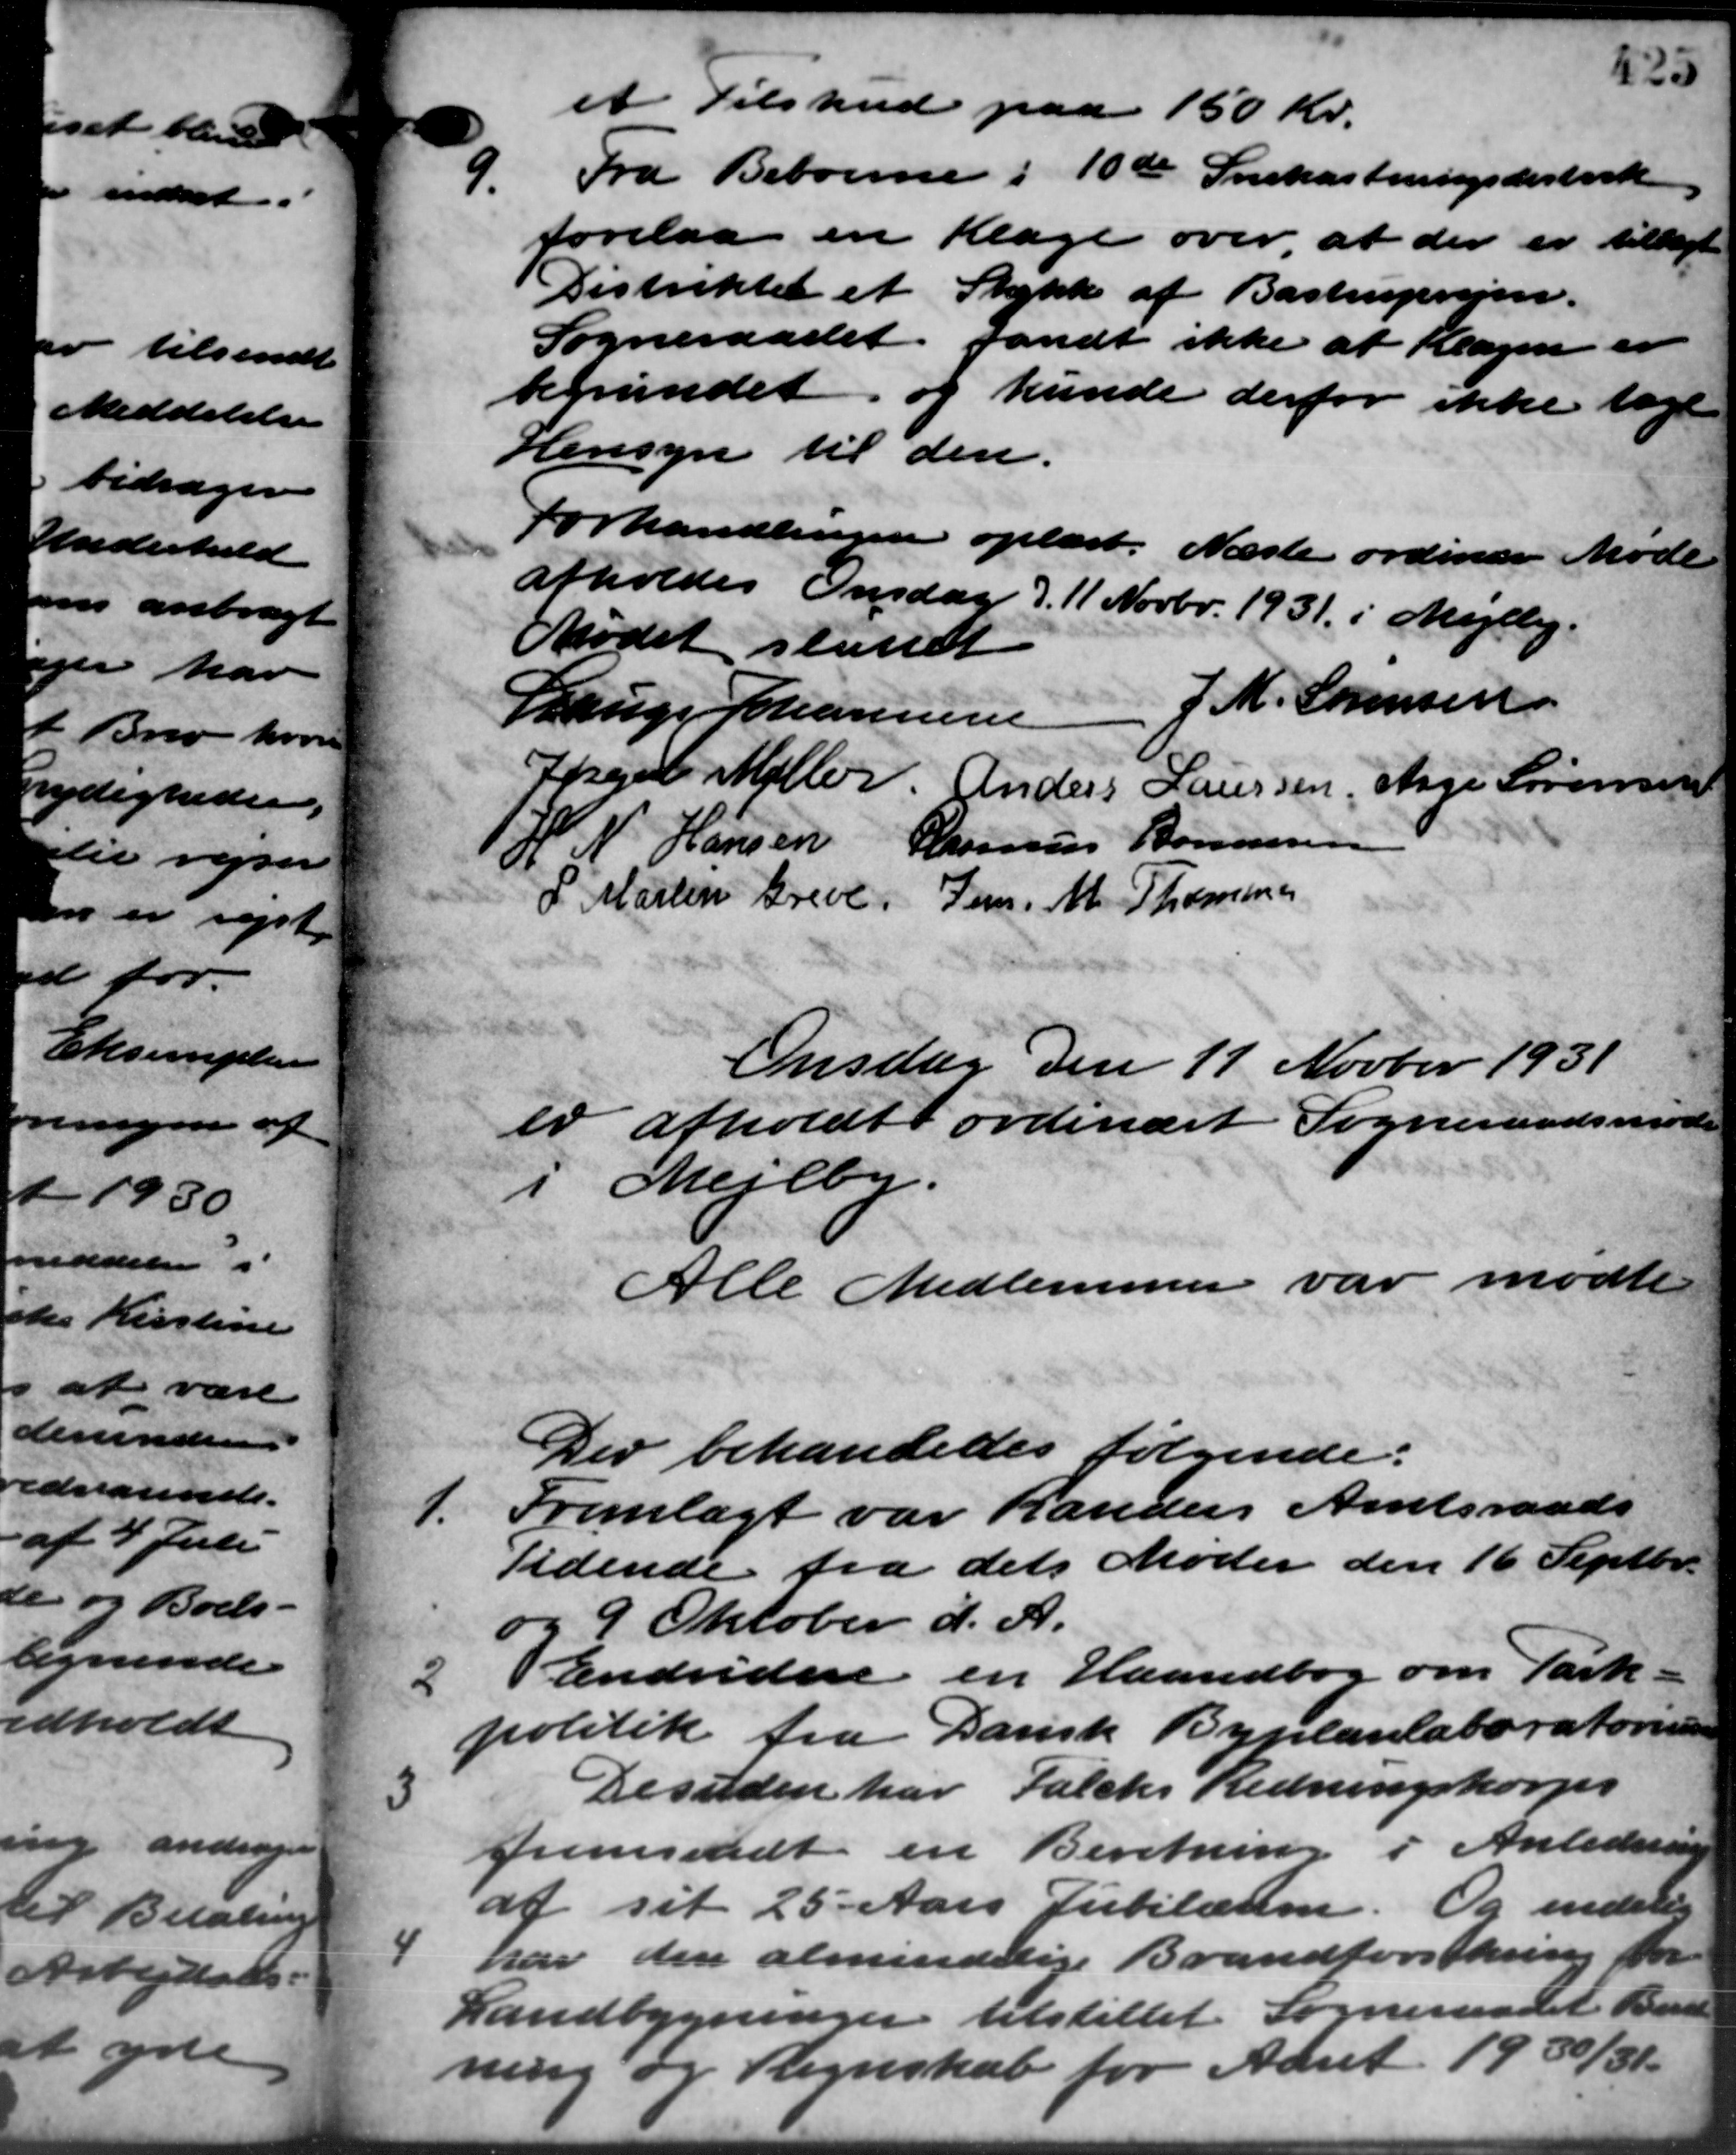
Transskription:
et Tilskud paa 150 Kr.
9. Fra Beboerne i 10de Snekastningsdistrik
9. Fra Beboerne i 10de Snekastningsdistrik
forelaa en Klage over at der er tillagt
Distriktet et Stykke af Bastrupvejen.
Sogneraadet fandt ikke at Klagen er
bemundet og kunde derfor ikke tage
Hensyn til den.
Forhandlingen oplæst. Næste ordinære Møde
afholdes Onsdag d. 11 Novbr. 1931 i Mejlby.
Mødet sluttet.
Lauge Johannesen J. M. Sørensen
Inger Møller Anders Laursen, Aage Sørensen
H. N. Hansen Rasmus Bonnesen
P. Martin Greve Jens M. Thomsen
Onsdag den 11 Novbr 1931
er afholdt ordinært Sogneraadsmøde
i Mejlby.
Alle Medlemmer var mødte
Der behandledes følgende:
1. Fremlagt var Randers Amtsraads
1. Fremlagt var Randers Amtsraads
Tidende fra dets Møder den 16 Septbr.
og 9 Oktober d. A.
2
Endvidere en Haandbog om Park -
politik fra Dansk Byplanlaboratormen

Desuden har Falcks Redningskorps
fremsendt en Beretning i Anledning
af sit 25 Aars Jubilærer. Og endelig

har den almindelige Brandforsikring for
Landbygninger tilstillet Sogneraadet Bart
ning og Regnskab for Aaret 1930/31.